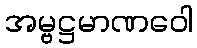
အမ္ဗဋ္ဌမာဏဝေါ